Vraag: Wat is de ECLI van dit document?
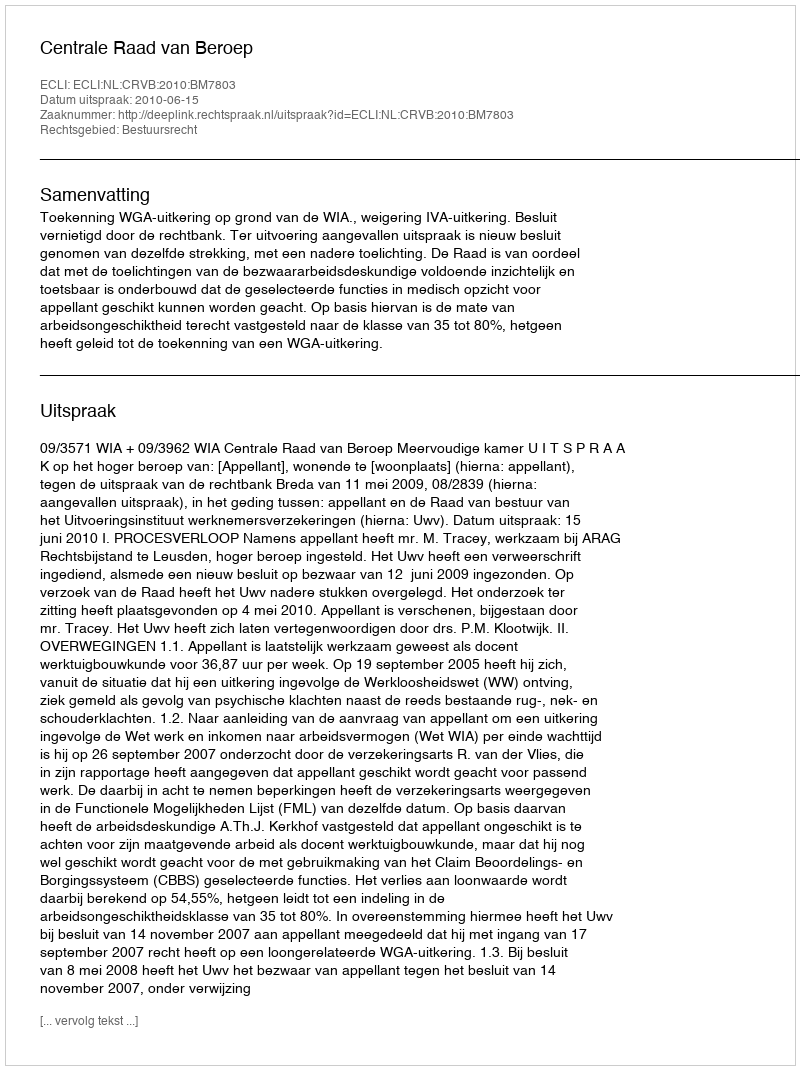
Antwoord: ECLI:NL:CRVB:2010:BM7803